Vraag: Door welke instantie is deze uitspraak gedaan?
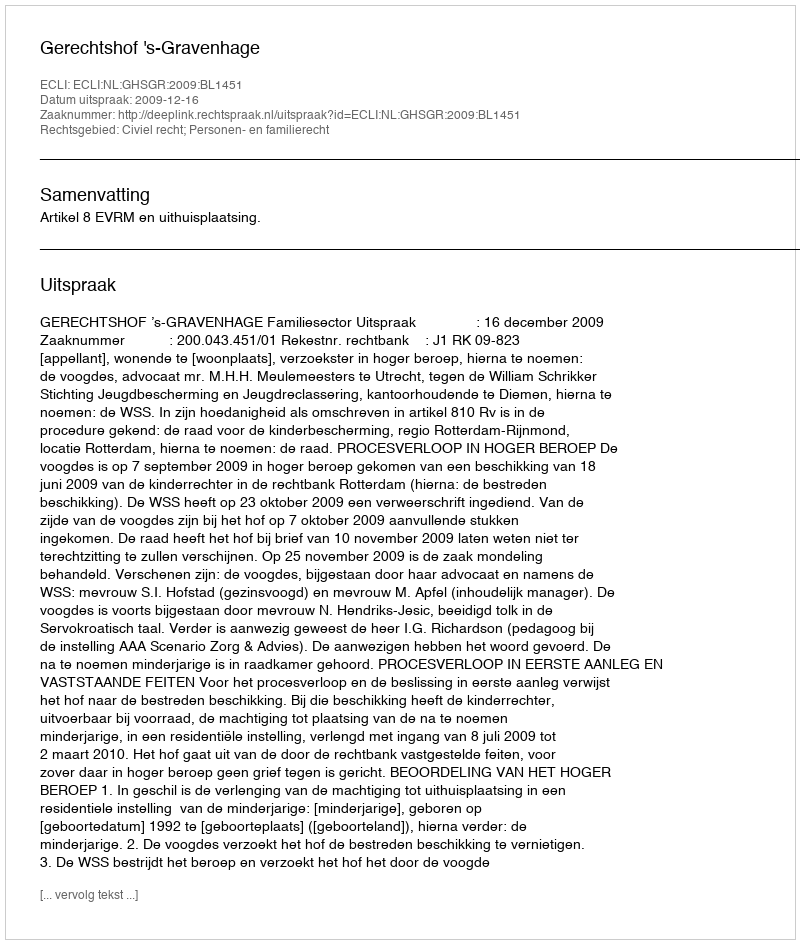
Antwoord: Gerechtshof 's-Gravenhage